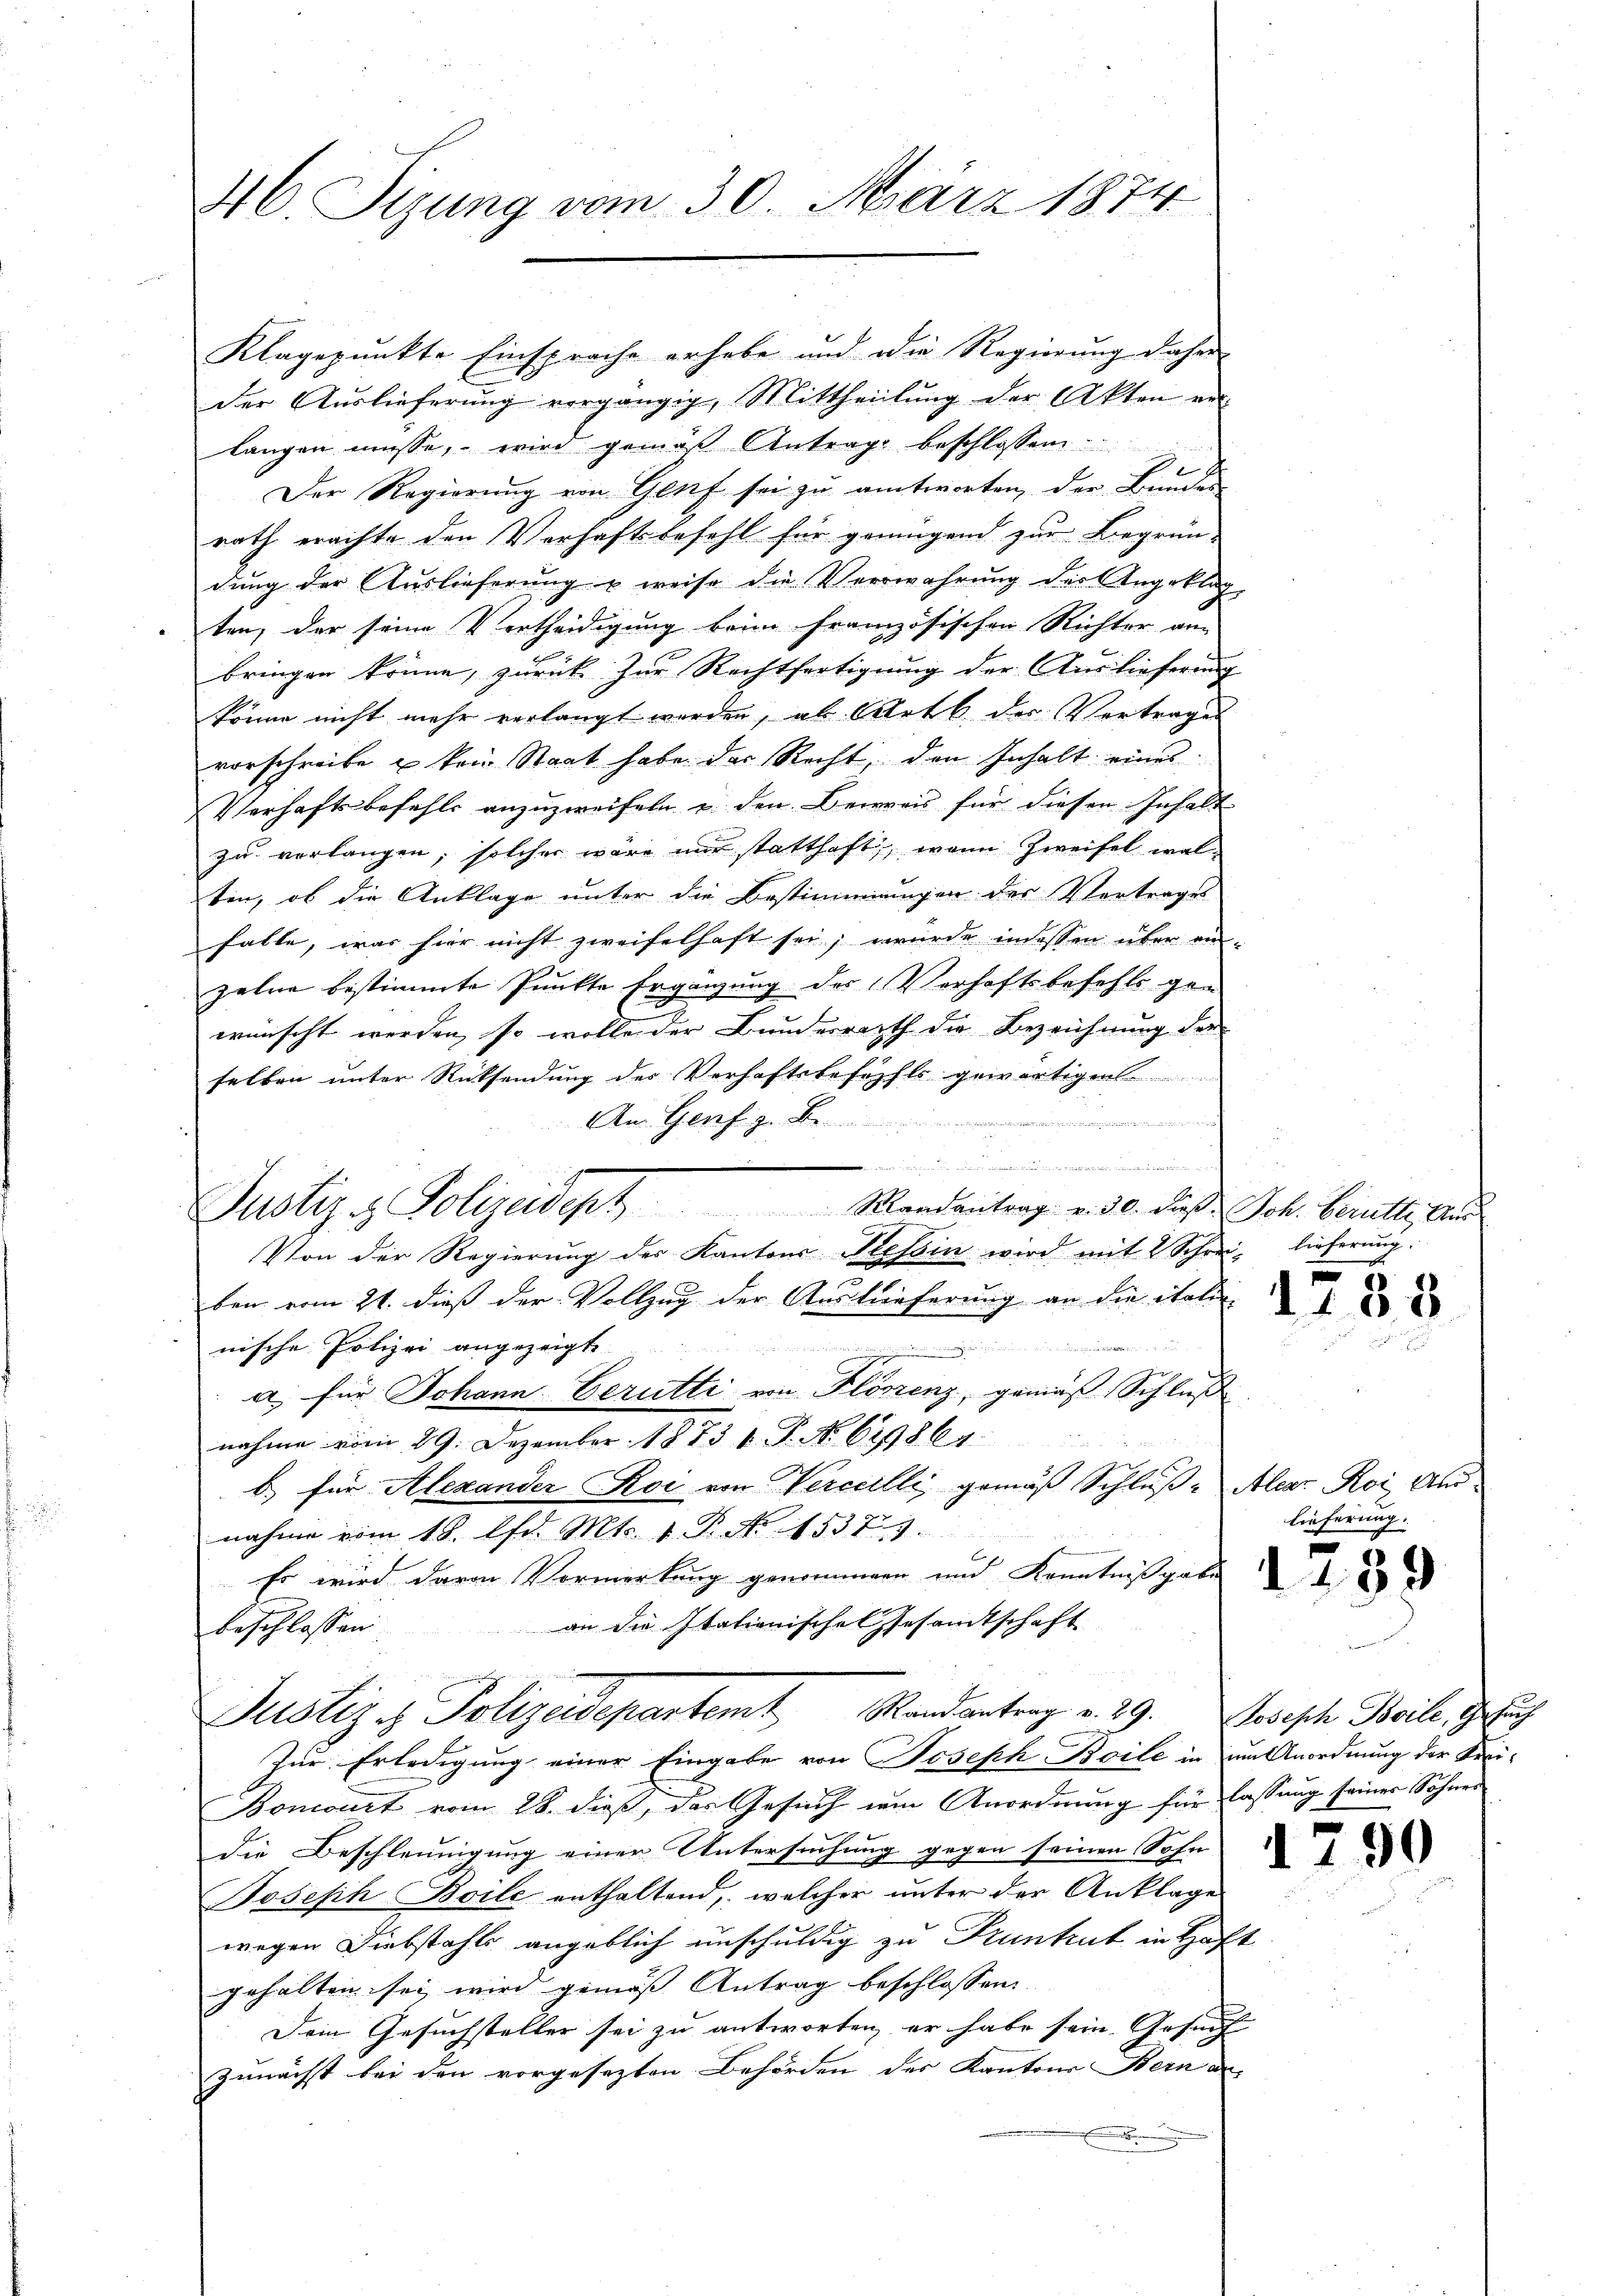
46. Tizung vom 30. März 1874

Klagepunkte Einsprache erhebe und die Regierung daher
der Auslieferung vergängig, Mittheilung der Akten ver-
langen müsse, wird gemäß Antrage beschlossen
A
Der Regierŭng von Genf sei zu antworten, der Bundes-
rath erachte den Verhaftsbefehl für genügend zur Begrün-
dung der Auslieferung u weise die Verwahrung der Angeklag
ten, der seine Vertheidigung beim französischen Richter von
bringen könne, zurück zur Rechtfertigung der Auslieferung
könne nicht mehr verlangt werden, als Art b der Vortrages
vorschreibe u kein Staat habe der Recht, den Inhalt eines
Verhaftsbefehls anzuzweifeln u. den Beweis für diesen Inhalt
zu verlangen, solcher wäre nur statthaft, wenn Zweifel walten, ob die Anklage unter die Bestimmungen des Vertrages
falle, was hier nicht zweifelhaft sei, wurde indessen über anzelne bestimmte Punkte Ergänzung des Verhaftsbefehls gan
wünscht werden, so wolle der Bundesrath die Bezeichnung der
selben unter Rücksendung der Verhaftsbesuchts gewärtigen
An Genf z. Be

 wiedenen und zu minden
Von der Regierung der Kantons Tessin wird mit 2 Schrei- lieferung:
ben vom 21. dieß der Vollzug der Ausküeferung an die italie-
nische Polizei angezeigte
de der diesen in den seinen der
a) für Johann Verutti von Florenz, gemäß Schluß
nahme vom 29. Dezember 1873 f. P. No 621864.
b) für Alexander Roi von Verccilli, gemäß Schluß: Alear Roi Annahme vom 18. lfd. Mts. 1. P. Nr. 15373.
Er wird davon Vormerkung genommen und Kenntnißgabe
an die Itationisches Gesamtschaft
beschlossen |
Justiz & Polizeidepartem Randantrag v. 29. Josische Beile, Gesuch
Zur Erledigung einer Eingabe von Joseph Boile in um Anordnung der Krei-
Boncourt vom 28. dieß, das Gesuch dem Anordnung für lassung seiner Sohner
die Beschleunigung einer Untersuchung gegen seinen Sohn
Joseph Boile enthaltend, welcher unter der Anklage
wegen Diebstahls angeblich unschuldig zu Pruntrut in Hof-
gehalten sei wird gemäß Antrag beschlossen
Dein Gesuchsteller sei zu antworten, er habe sein. Gesuch
zunächst bei den vorgesezten Behörden des Kantons Bern an

Justiz- & Polizeidept. Mandantrag v. 30. dieß. Joh. Berütte Aŭs

1188

lieferung.

1239

1

.

90